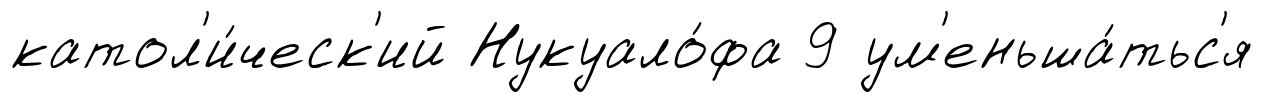
катол'и́ческ'ий Нукуало́фа 9 ум'еньша́тьс'я